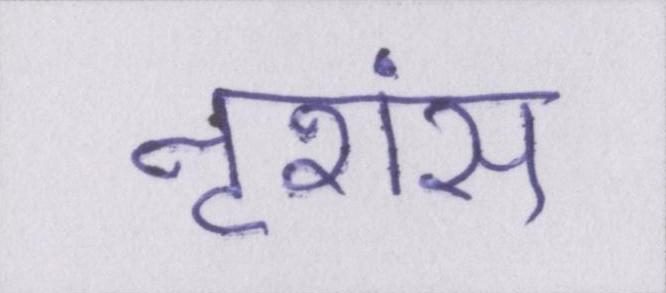
नृशंस